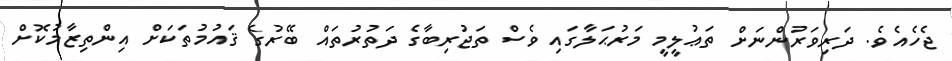
ޖެހެއެވެ. ދަރިވަރުންނަށް ތަޢުލީމީ މަރުޙަލާގައި ވެސް ތަޖުރިބާގެ ދަތުރުތައް ބޭރުގެ ޤައުމުތަކަށް އިންތިޒާމުކޮށް